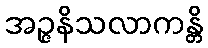
အဉ္ဇနိသလာကန္တိ